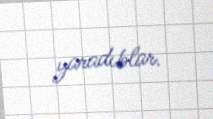
yaradıblar.